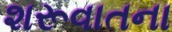
શરૂવાતના